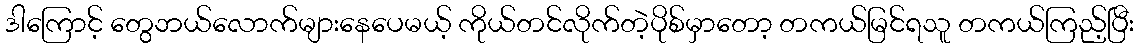
ဒါကြောင့် တွေဘယ်လောက်များနေပေမယ့် ကိုယ်တင်လိုက်တဲ့ပိုစ်မှာတော့ တကယ်မြင်ရသူ တကယ်ကြည့်ပြီး